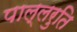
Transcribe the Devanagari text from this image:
पाल्लरुति